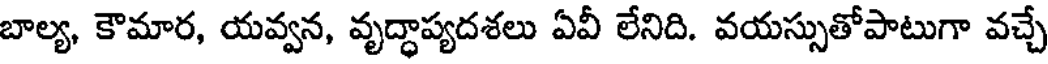
బాల్య, కౌమార, యవ్వన, వృద్ధాప్యదశలు ఏవీ లేనిది. వయస్సుతోపాటుగా వచ్చే